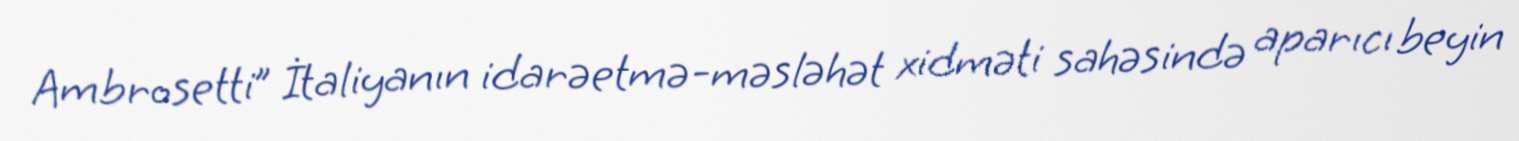
Ambrosetti” İtaliyanın idarəetmə-məsləhət xidməti sahəsində aparıcı beyin